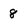
Character: 8